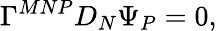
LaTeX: \Gamma^{MNP}D_{N}\Psi_{P}=0,